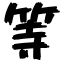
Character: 等